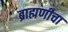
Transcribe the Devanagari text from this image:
ब्राह्मणीचा